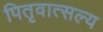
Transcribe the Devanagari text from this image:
पितृवात्सल्य